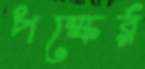
পক্ষের্র